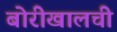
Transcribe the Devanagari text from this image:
बोरीखालची